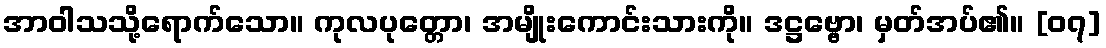
အာဝါသသို့ရောက်သော။ ကုလပုတ္တော၊ အမျိုးကောင်းသားကို။ ဒဋ္ဌဗ္ဗော၊ မှတ်အပ်၏။ [၀၇]